Vaccination in the Punjab 1897-1904 - 1897-1904
Year: 1897
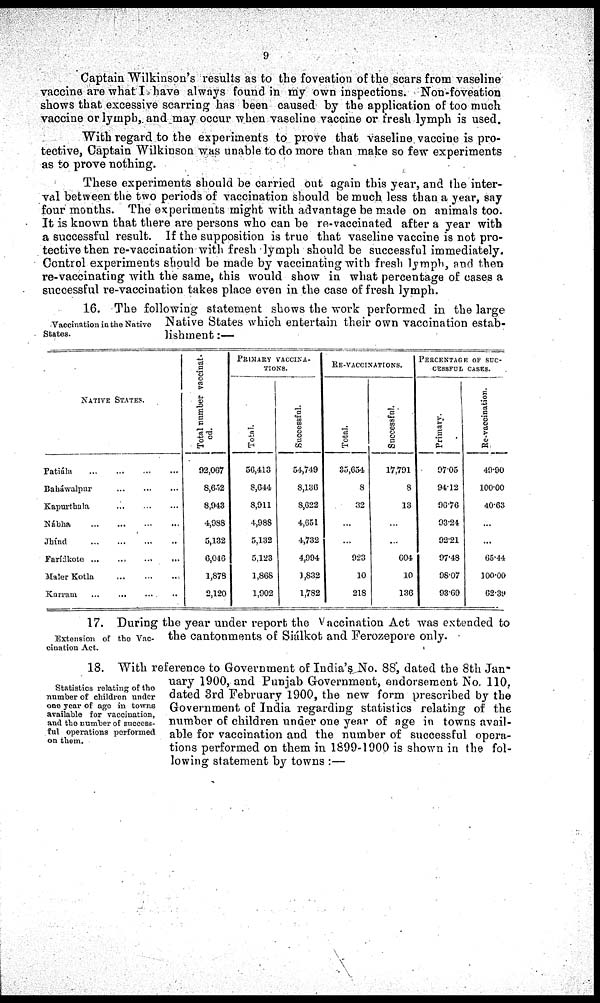
9
Captain Wilkinson's results as to the foveation of the scars from vaseline
vaccine are what I have always found in my own inspections. Non-foveation
shows that excessive scarring has been caused by the application of too much
vaccine or lymph, and may occur when vaseline vaccine or fresh lymph is used.
With regard to the experiments to prove that vaseline vaccine is pro-
tective, Captain Wilkinson was unable to do more than make so few experiments
as to prove nothing.
These experiments should be carried out again this year, and the inter-
val between the two periods of vaccination should be much less than a year, say
four months. The experiments might with advantage be made on animals too.
It is known that there are persons who can be re-vaccinated after a year with
a successful result. If the supposition is true that vaseline vaccine is not pro-
tective then re-vaccination with fresh lymph should be successful immediately.
Control experiments should be made by vaccinating with fresh lymph, and then
re-vaccinating with the same, this would show in what percentage of cases a
successful re-vaccination takes place even in the case of fresh lymph.
Vaccination in the Native
States.
16. The following statement shows the work performed in the large
Native States which entertain their own vaccination estab-
lishment :—
NATIVE STATES.
Patiála
...
...
...
...
Baháwalpur
...
...
...
...
Kapurthala ... ... ... ...
Nábha ... ... ... ...
Jhínd ... ... ... ...
Farídkote
...
...
...
...
Maler Kotla
...
...
...
...
Karram ... ... ... ...
Total number vaccinat-
ed.
92,067
8,652
8,943
4,988
5,132
6,046
1,878
2,120
PRIMARY VACCINA-
-----.
Total.
56,413
8,644
8,911
4,988
5,132
5,123
1,868
1,902
Successful.
54,749
8,136
8,622
4,651
4,732
4,994
1,832
1,782
RE-VACCINATIONS.
Total.
35,654
8
32
...
...
928
10
218
Successful.
17,791
8
13
...
...
604
10
136
PERCENTAGE OF SUC-
CESSFUL CASES.
Primary.
97.05
94.12
96.76
93.24
92.21
97.48
98.07
93.69
Re-vaccination.
49.90
100.00
40.63
...
...
65.44
100.00
62.39
Extension of the Vac-
cination Act.
17. During the year under report the Vaccination Act was extended to
the cantonments of Siálkot and Ferozepore only.
Statistics relating of the
number of children under
one year of ago in towns
available for vaccination,
and the number of success¬
ful operations performed
on them.
18. With reference to Government of India's. No. 88, dated the 8th Jan-
uary 1900, and Punjab Government, endorsement No. 110.
dated 3rd February 1900, the new form prescribed by the
Government of India regarding statistics relating of the
number of children under one year of age in towns avail-
able for vaccination and the number of successful opera-
tions performed on them in 1899-1900 is shown in the fol-
lowing statement by towns :—